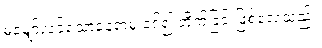
မမျှော်လင့်သောနေရာမှ ဝင်၍ တိုက်ခြင်းဖြစ်လေသည်။